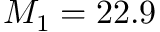
M _ { 1 } = 2 2 . 9